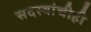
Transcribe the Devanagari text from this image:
सदस्यांचीही